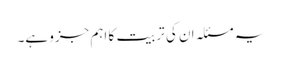
یہ مسئلہ ان کی تربیت کا اہم جزو ہے۔